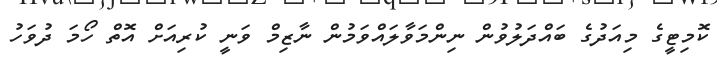
ކޮމިޓީގެ މިއަދުގެ ބައްދަލުވުން ނިންމަވާލައްވަމުން ނާޒިމް ވަނީ ކުރިއަށް އޮތް ހޯމަ ދުވަހު